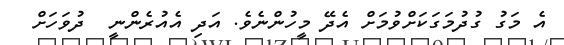
އެ މަގު ގުދުމަގަކަށްވުމަށް އެދޭ މީހުންނެވެ. އަދި އެއުރެންނީ  ދުވަހަށް